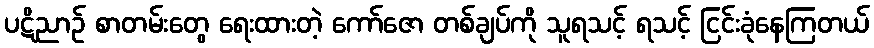
ပဋိညာဉ် စာတမ်းတွေ ရေးထားတဲ့ ကော်ဇော တစ်ချပ်ကို သူရသင့် ရသင့် ငြင်းခုံနေကြတယ်